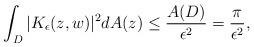
LaTeX: \begin{align*}\int_{D} |K_{\epsilon}(z,w)|^2dA(z)\leq\frac{A(D)}{\epsilon^2}=\frac{\pi}{\epsilon^2},\end{align*}